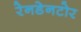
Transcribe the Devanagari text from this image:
रेनडेनटोर